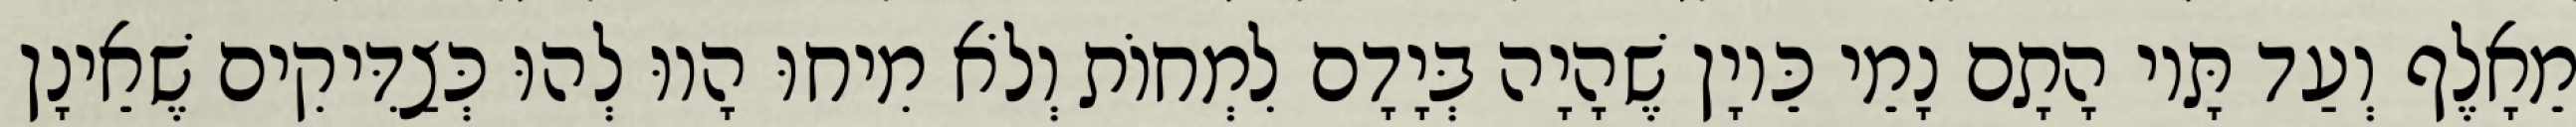
מֵאָלֶף וְעַד תָּיו הָתָם נָמֵי כֵּיוָן שֶׁהָיָה בְּיָדָם לִמְחוֹת וְלֹא מִיחוּ הָווּ לְהוּ כְּצַדִּיקִים שֶׁאֵינָן